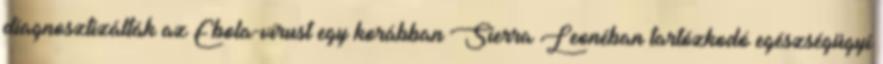
diagnosztizálták az Ebola-vírust egy korábban Sierra Leonéban tartózkodó egészségügyi